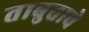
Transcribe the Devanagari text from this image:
ताबुताचे